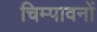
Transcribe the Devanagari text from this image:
चिम्पावनों